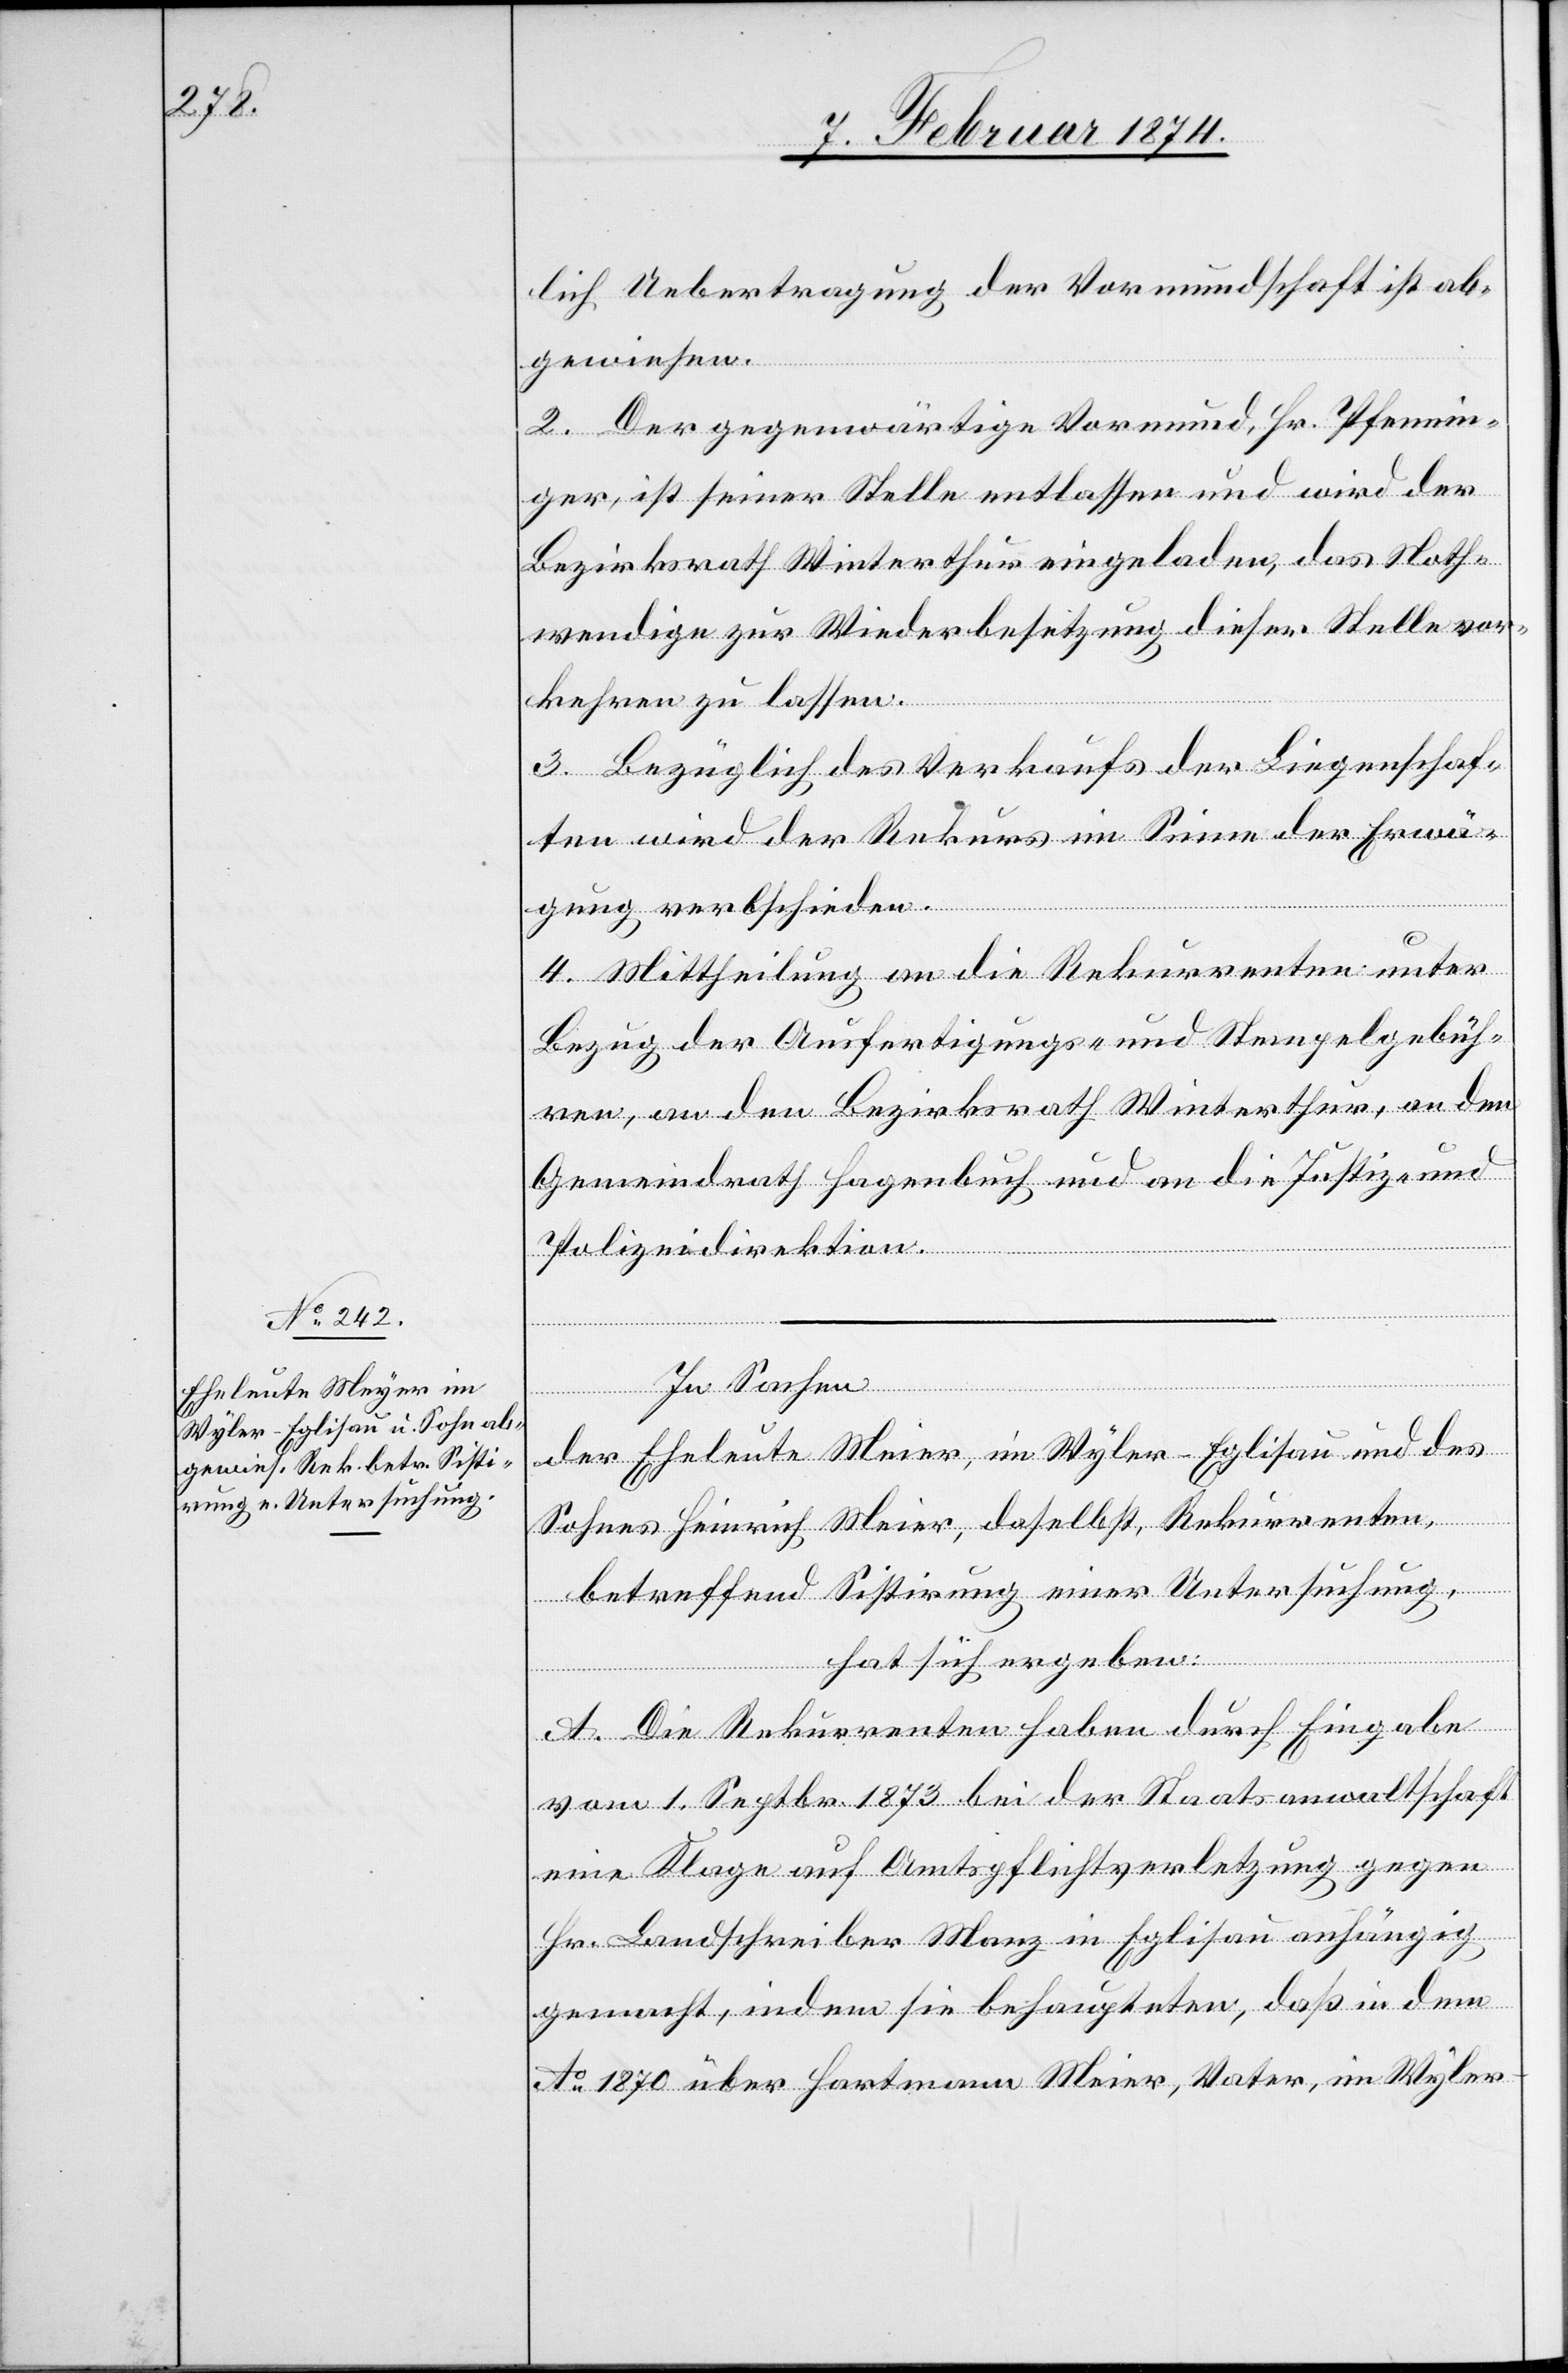
lich Uebertragung der Vormundschaft ist ab¬
gewiesen.
2. Der gegenwärtige Vormund Hr. Pfennin¬
ger, ist seiner Stelle entlassen und wird der
Bezirksrath Winterthur eingeladen, das Noth¬
wendige zur Wiederbesetzung dieser Stelle vor¬
kehren zu lassen.
3. Bezüglich des Verkaufs der Liegenschaf¬
ten wird der Rekurs im Sinne der Erwä¬
gung ver[a]bschieden.
4. Mittheilung an die Rekurrenten unter
Bezug der Ausfertigungs- und Stempelgebüh¬
ren, an den Bezirksrath Winterthur, an den
Gemeindrath Hagenbuch und an die Justiz- und
Polizeidirektion.
In Sachen
der Eheleute Meier [sic!], im Wyler-Eglisau und des
Sohnes Heinrich Meier, daselbst, Rekurrenten,
betreffend Sistirung einer Untersuchung,
hat sich ergeben:
A. Die Rekurrenten haben durch Eingabe
vom 1. Septbr. 1873 bei der Staatsanwaltschaft
eine Klage auf Amtspflichtsverletzung gegen
Hr. Landschreiber Manz in Eglisau anhängig
gemacht, indem sie behaupteten, daß in dem
Ao 1870 über Hartmann Meier, Vater, im Wyler-